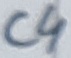
Text: C4